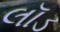
લૉડ